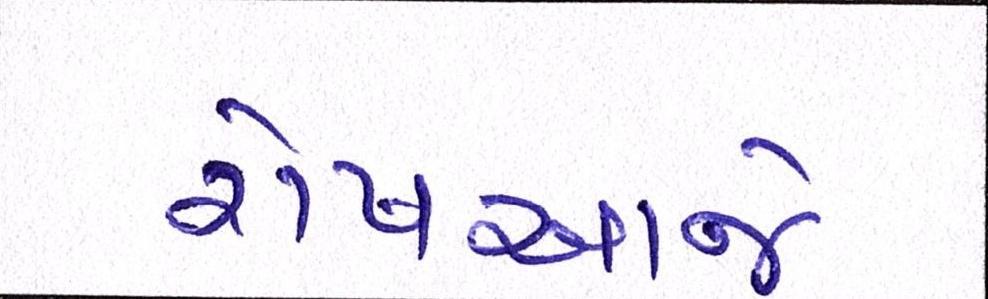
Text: રોષઆજે